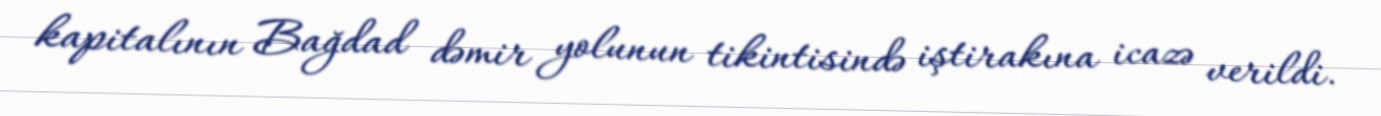
kapitalının Bağdad dəmir yolunun tikintisində iştirakına icazə verildi.